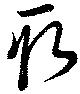
取